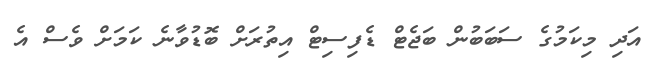
އަދި މިކަމުގެ ސަބަބުން ބަޖެޓް ޑެފިސިޓް އިތުރަށް ބޮޑުވާނެ ކަމަށް ވެސް އެ